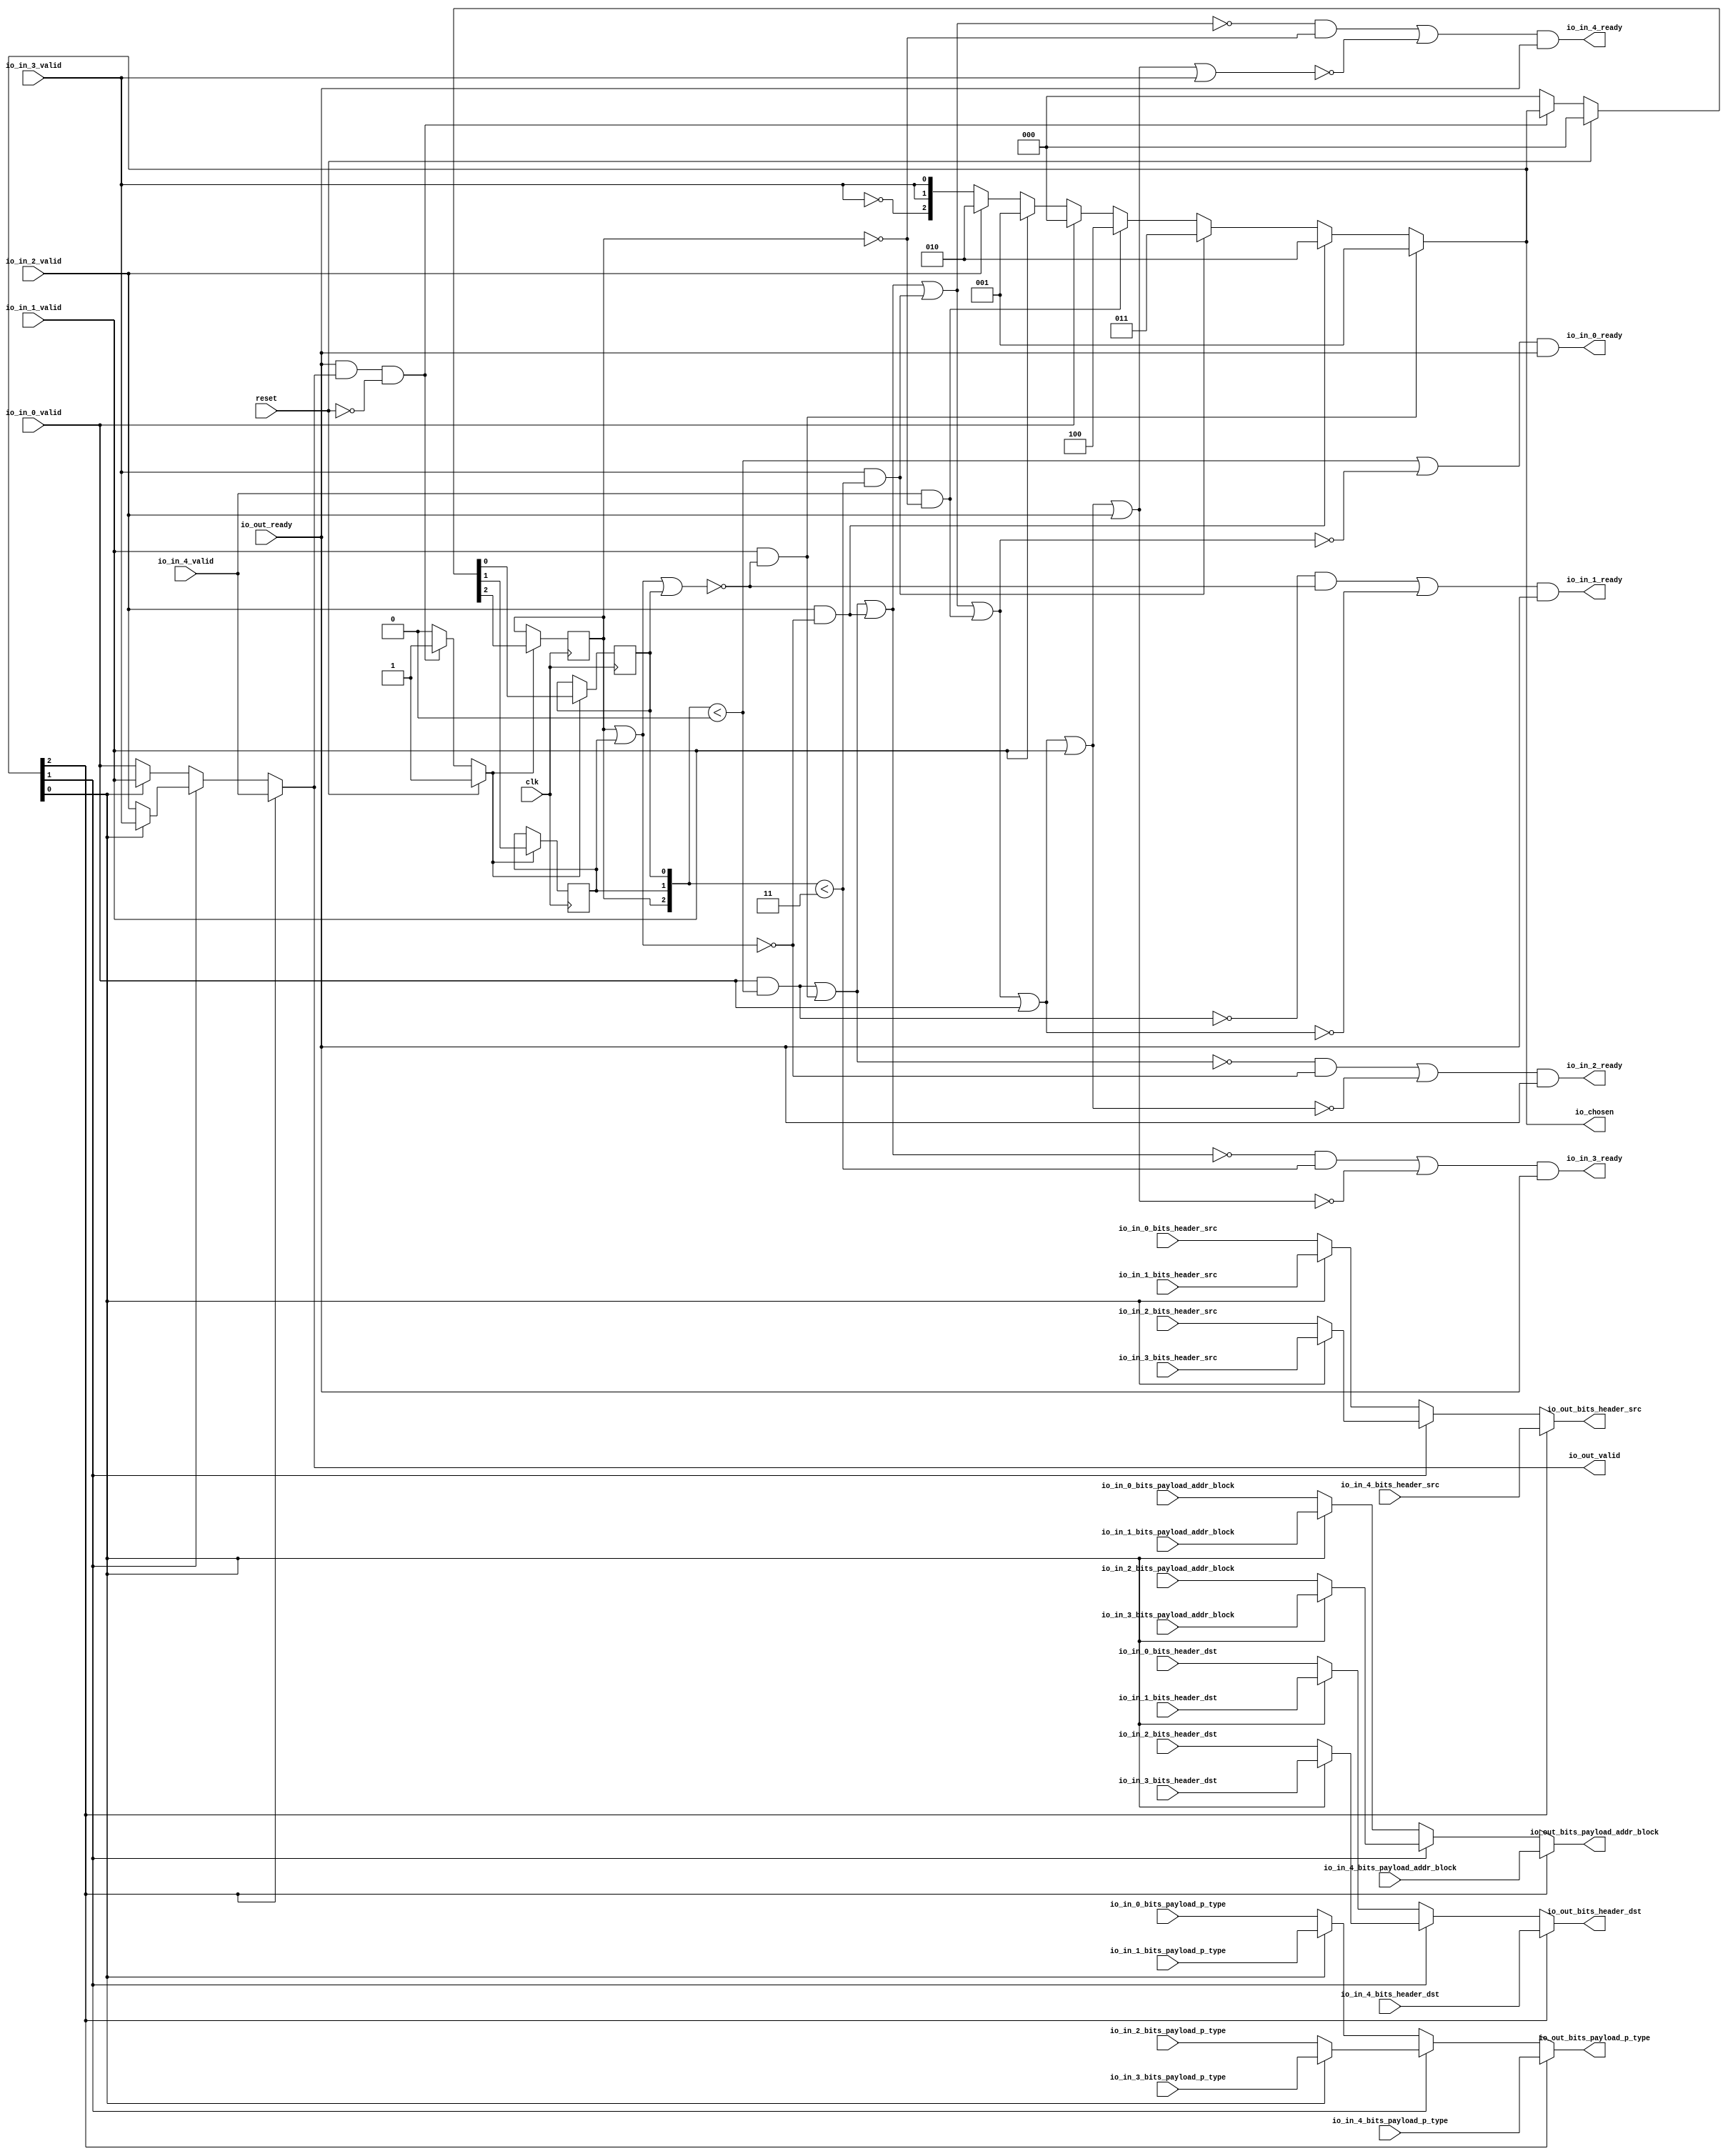
module LockingRRArbiter_7
(
  clk,
  reset,
  io_in_4_ready,
  io_in_4_valid,
  io_in_4_bits_header_src,
  io_in_4_bits_header_dst,
  io_in_4_bits_payload_addr_block,
  io_in_4_bits_payload_p_type,
  io_in_3_ready,
  io_in_3_valid,
  io_in_3_bits_header_src,
  io_in_3_bits_header_dst,
  io_in_3_bits_payload_addr_block,
  io_in_3_bits_payload_p_type,
  io_in_2_ready,
  io_in_2_valid,
  io_in_2_bits_header_src,
  io_in_2_bits_header_dst,
  io_in_2_bits_payload_addr_block,
  io_in_2_bits_payload_p_type,
  io_in_1_ready,
  io_in_1_valid,
  io_in_1_bits_header_src,
  io_in_1_bits_header_dst,
  io_in_1_bits_payload_addr_block,
  io_in_1_bits_payload_p_type,
  io_in_0_ready,
  io_in_0_valid,
  io_in_0_bits_header_src,
  io_in_0_bits_header_dst,
  io_in_0_bits_payload_addr_block,
  io_in_0_bits_payload_p_type,
  io_out_ready,
  io_out_valid,
  io_out_bits_header_src,
  io_out_bits_header_dst,
  io_out_bits_payload_addr_block,
  io_out_bits_payload_p_type,
  io_chosen
);

  input [2:0] io_in_4_bits_header_src;
  input [2:0] io_in_4_bits_header_dst;
  input [25:0] io_in_4_bits_payload_addr_block;
  input [1:0] io_in_4_bits_payload_p_type;
  input [2:0] io_in_3_bits_header_src;
  input [2:0] io_in_3_bits_header_dst;
  input [25:0] io_in_3_bits_payload_addr_block;
  input [1:0] io_in_3_bits_payload_p_type;
  input [2:0] io_in_2_bits_header_src;
  input [2:0] io_in_2_bits_header_dst;
  input [25:0] io_in_2_bits_payload_addr_block;
  input [1:0] io_in_2_bits_payload_p_type;
  input [2:0] io_in_1_bits_header_src;
  input [2:0] io_in_1_bits_header_dst;
  input [25:0] io_in_1_bits_payload_addr_block;
  input [1:0] io_in_1_bits_payload_p_type;
  input [2:0] io_in_0_bits_header_src;
  input [2:0] io_in_0_bits_header_dst;
  input [25:0] io_in_0_bits_payload_addr_block;
  input [1:0] io_in_0_bits_payload_p_type;
  output [2:0] io_out_bits_header_src;
  output [2:0] io_out_bits_header_dst;
  output [25:0] io_out_bits_payload_addr_block;
  output [1:0] io_out_bits_payload_p_type;
  output [2:0] io_chosen;
  input clk;
  input reset;
  input io_in_4_valid;
  input io_in_3_valid;
  input io_in_2_valid;
  input io_in_1_valid;
  input io_in_0_valid;
  input io_out_ready;
  output io_in_4_ready;
  output io_in_3_ready;
  output io_in_2_ready;
  output io_in_1_ready;
  output io_in_0_ready;
  output io_out_valid;
  wire [2:0] io_out_bits_header_src,io_out_bits_header_dst,io_chosen,T0,T1,T2,T3,T4,T5,T35,
  T38,T36,T43,T46,T44;
  wire [25:0] io_out_bits_payload_addr_block,T27,T30,T28;
  wire [1:0] io_out_bits_payload_p_type,T18,T22,T19;
  wire io_in_4_ready,io_in_3_ready,io_in_2_ready,io_in_1_ready,io_in_0_ready,
  io_out_valid,N0,N1,N2,N3,N4,N5,N6,N7,N8,N9,N10,N11,N12,N13,N14,N15,N16,N17,N18,N19,N20,
  T15,N21,T13,N22,T11,N23,T7,N24,N25,N26,N27,N28,T8,T10,T12,T14,T16,N29,N30,N31,T51,
  T54,T52,T59,T75,T60,T61,T64,T62,T63,T67,T65,T66,T70,T68,T69,T73,T71,T72,T74,T77,
  T84,T78,T79,T80,T81,T82,T83,T86,T85,T88,T96,T89,T90,T91,T92,T93,T94,T95,T98,T97,
  T99,T101,T110,T102,T103,T104,T105,T106,T107,T108,T109,T112,T111,T113,T114,T116,
  T126,T117,T118,T119,T120,T121,T122,T123,T124,T125,T128,T127,T129,T130,T131,N32,
  N33,N34,N35,N36,N37,N38,N39,N40,N41,N42,N43,N44,N45,N46,N47,N48;
  wire [2:1] T6;
  reg [2:0] last_grant;
  assign T12 = last_grant < { 1'b1, 1'b1 };
  assign T66 = last_grant < { 1'b1, 1'b1 };
  assign T74 = last_grant < 1'b0;
  assign T75 = last_grant < 1'b0;
  assign T111 = last_grant < { 1'b1, 1'b1 };

  always @(posedge clk) begin
    if(N34) begin
      last_grant[2] <= N37;
    end 
  end


  always @(posedge clk) begin
    if(N34) begin
      last_grant[1] <= N36;
    end 
  end


  always @(posedge clk) begin
    if(N34) begin
      last_grant[0] <= N35;
    end 
  end

  assign io_chosen = (N0)? { 1'b0, 1'b0, 1'b1 } : 
                     (N1)? T0 : 1'b0;
  assign N0 = T15;
  assign N1 = N21;
  assign T0 = (N2)? { 1'b0, 1'b1, 1'b0 } : 
              (N3)? T1 : 1'b0;
  assign N2 = T13;
  assign N3 = N22;
  assign T1 = (N4)? { 1'b0, 1'b1, 1'b1 } : 
              (N5)? T2 : 1'b0;
  assign N4 = T11;
  assign N5 = N23;
  assign T2 = (N6)? { 1'b1, 1'b0, 1'b0 } : 
              (N7)? T3 : 1'b0;
  assign N6 = T7;
  assign N7 = N24;
  assign T3 = (N8)? { 1'b0, 1'b0, 1'b0 } : 
              (N9)? T4 : 1'b0;
  assign N8 = io_in_0_valid;
  assign N9 = N25;
  assign T4 = (N10)? { 1'b0, 1'b0, 1'b1 } : 
              (N11)? T5 : 1'b0;
  assign N10 = io_in_1_valid;
  assign N11 = N26;
  assign T5 = (N12)? { 1'b0, 1'b1, 1'b0 } : 
              (N13)? { T6, T6[1:1] } : 1'b0;
  assign N12 = io_in_2_valid;
  assign N13 = N27;
  assign io_out_bits_payload_p_type = (N14)? io_in_4_bits_payload_p_type : 
                                      (N15)? T18 : 1'b0;
  assign N14 = io_chosen[2];
  assign N15 = N29;
  assign T18 = (N16)? T22 : 
               (N17)? T19 : 1'b0;
  assign N16 = io_chosen[1];
  assign N17 = N30;
  assign T19 = (N18)? io_in_1_bits_payload_p_type : 
               (N19)? io_in_0_bits_payload_p_type : 1'b0;
  assign N18 = io_chosen[0];
  assign N19 = N31;
  assign T22 = (N18)? io_in_3_bits_payload_p_type : 
               (N19)? io_in_2_bits_payload_p_type : 1'b0;
  assign io_out_bits_payload_addr_block = (N14)? io_in_4_bits_payload_addr_block : 
                                          (N15)? T27 : 1'b0;
  assign T27 = (N16)? T30 : 
               (N17)? T28 : 1'b0;
  assign T28 = (N18)? io_in_1_bits_payload_addr_block : 
               (N19)? io_in_0_bits_payload_addr_block : 1'b0;
  assign T30 = (N18)? io_in_3_bits_payload_addr_block : 
               (N19)? io_in_2_bits_payload_addr_block : 1'b0;
  assign io_out_bits_header_dst = (N14)? io_in_4_bits_header_dst : 
                                  (N15)? T35 : 1'b0;
  assign T35 = (N16)? T38 : 
               (N17)? T36 : 1'b0;
  assign T36 = (N18)? io_in_1_bits_header_dst : 
               (N19)? io_in_0_bits_header_dst : 1'b0;
  assign T38 = (N18)? io_in_3_bits_header_dst : 
               (N19)? io_in_2_bits_header_dst : 1'b0;
  assign io_out_bits_header_src = (N14)? io_in_4_bits_header_src : 
                                  (N15)? T43 : 1'b0;
  assign T43 = (N16)? T46 : 
               (N17)? T44 : 1'b0;
  assign T44 = (N18)? io_in_1_bits_header_src : 
               (N19)? io_in_0_bits_header_src : 1'b0;
  assign T46 = (N18)? io_in_3_bits_header_src : 
               (N19)? io_in_2_bits_header_src : 1'b0;
  assign io_out_valid = (N14)? io_in_4_valid : 
                        (N15)? T51 : 1'b0;
  assign T51 = (N16)? T54 : 
               (N17)? T52 : 1'b0;
  assign T52 = (N18)? io_in_1_valid : 
               (N19)? io_in_0_valid : 1'b0;
  assign T54 = (N18)? io_in_3_valid : 
               (N19)? io_in_2_valid : 1'b0;
  assign N34 = (N20)? 1'b1 : 
               (N39)? 1'b1 : 
               (N33)? 1'b0 : 1'b0;
  assign N20 = reset;
  assign { N37, N36, N35 } = (N20)? { 1'b0, 1'b0, 1'b0 } : 
                             (N39)? io_chosen : 1'b0;
  assign N21 = ~T15;
  assign N22 = ~T13;
  assign N23 = ~T11;
  assign N24 = ~T7;
  assign N25 = ~io_in_0_valid;
  assign N26 = ~io_in_1_valid;
  assign N27 = ~io_in_2_valid;
  assign N28 = ~io_in_3_valid;
  assign T6[1] = io_in_3_valid;
  assign T6[2] = N28;
  assign T7 = io_in_4_valid & T8;
  assign T8 = ~last_grant[2];
  assign T10 = io_out_ready & io_out_valid;
  assign T11 = io_in_3_valid & T12;
  assign T13 = io_in_2_valid & T14;
  assign T14 = ~N40;
  assign N40 = last_grant[2] | last_grant[1];
  assign T15 = io_in_1_valid & T16;
  assign T16 = ~N42;
  assign N42 = N41 | last_grant[0];
  assign N41 = last_grant[2] | last_grant[1];
  assign N29 = ~io_chosen[2];
  assign N30 = ~io_chosen[1];
  assign N31 = ~io_chosen[0];
  assign io_in_0_ready = T59 & io_out_ready;
  assign T59 = T75 | T60;
  assign T60 = ~T61;
  assign T61 = T64 | T62;
  assign T62 = io_in_4_valid & T63;
  assign T63 = ~last_grant[2];
  assign T64 = T67 | T65;
  assign T65 = io_in_3_valid & T66;
  assign T67 = T70 | T68;
  assign T68 = io_in_2_valid & T69;
  assign T69 = ~N43;
  assign N43 = last_grant[2] | last_grant[1];
  assign T70 = T73 | T71;
  assign T71 = io_in_1_valid & T72;
  assign T72 = ~N45;
  assign N45 = N44 | last_grant[0];
  assign N44 = last_grant[2] | last_grant[1];
  assign T73 = io_in_0_valid & T74;
  assign io_in_1_ready = T77 & io_out_ready;
  assign T77 = T84 | T78;
  assign T78 = ~T79;
  assign T79 = T80 | io_in_0_valid;
  assign T80 = T81 | T62;
  assign T81 = T82 | T65;
  assign T82 = T83 | T68;
  assign T83 = T73 | T71;
  assign T84 = T86 & T85;
  assign T85 = ~N47;
  assign N47 = N46 | last_grant[0];
  assign N46 = last_grant[2] | last_grant[1];
  assign T86 = ~T73;
  assign io_in_2_ready = T88 & io_out_ready;
  assign T88 = T96 | T89;
  assign T89 = ~T90;
  assign T90 = T91 | io_in_1_valid;
  assign T91 = T92 | io_in_0_valid;
  assign T92 = T93 | T62;
  assign T93 = T94 | T65;
  assign T94 = T95 | T68;
  assign T95 = T73 | T71;
  assign T96 = T98 & T97;
  assign T97 = ~N48;
  assign N48 = last_grant[2] | last_grant[1];
  assign T98 = ~T99;
  assign T99 = T73 | T71;
  assign io_in_3_ready = T101 & io_out_ready;
  assign T101 = T110 | T102;
  assign T102 = ~T103;
  assign T103 = T104 | io_in_2_valid;
  assign T104 = T105 | io_in_1_valid;
  assign T105 = T106 | io_in_0_valid;
  assign T106 = T107 | T62;
  assign T107 = T108 | T65;
  assign T108 = T109 | T68;
  assign T109 = T73 | T71;
  assign T110 = T112 & T111;
  assign T112 = ~T113;
  assign T113 = T114 | T68;
  assign T114 = T73 | T71;
  assign io_in_4_ready = T116 & io_out_ready;
  assign T116 = T126 | T117;
  assign T117 = ~T118;
  assign T118 = T119 | io_in_3_valid;
  assign T119 = T120 | io_in_2_valid;
  assign T120 = T121 | io_in_1_valid;
  assign T121 = T122 | io_in_0_valid;
  assign T122 = T123 | T62;
  assign T123 = T124 | T65;
  assign T124 = T125 | T68;
  assign T125 = T73 | T71;
  assign T126 = T128 & T127;
  assign T127 = ~last_grant[2];
  assign T128 = ~T129;
  assign T129 = T130 | T65;
  assign T130 = T131 | T68;
  assign T131 = T73 | T71;
  assign N32 = T10 | reset;
  assign N33 = ~N32;
  assign N38 = ~reset;
  assign N39 = T10 & N38;

endmodule